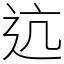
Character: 迒